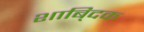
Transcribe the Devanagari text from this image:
शाबि्दक